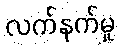
လက်နက်မှု